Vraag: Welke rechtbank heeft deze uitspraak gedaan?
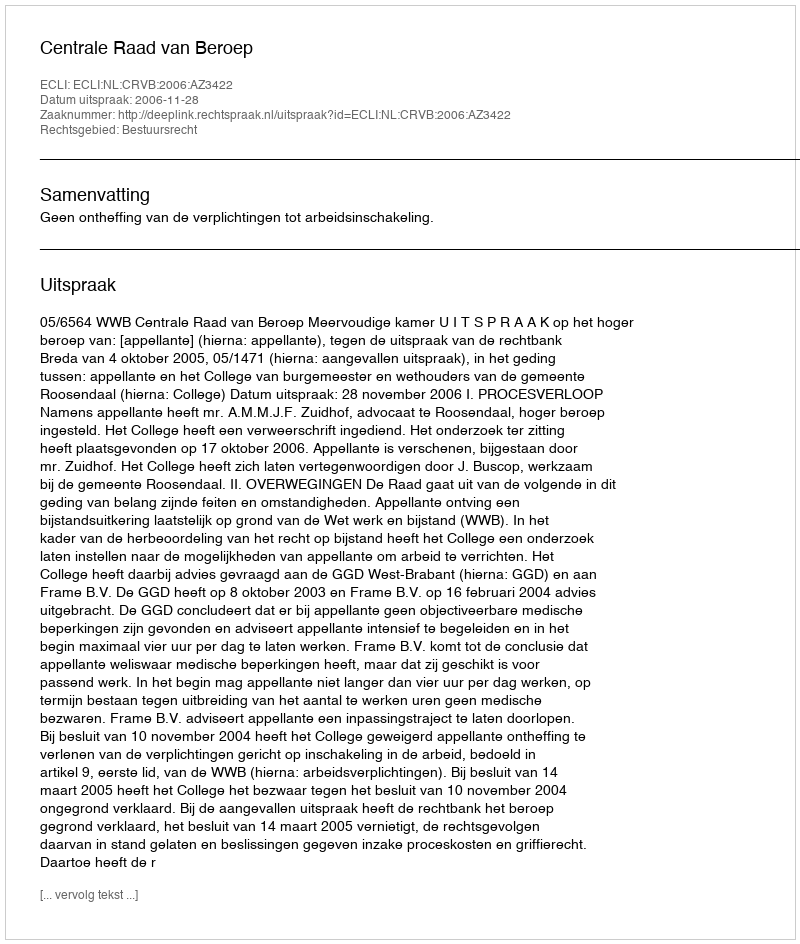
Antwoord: Centrale Raad van Beroep